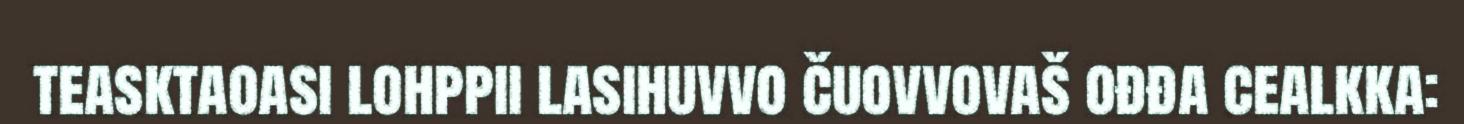
teasktaoasi lohppii lasihuvvo čuovvovaš ođđa cealkka: